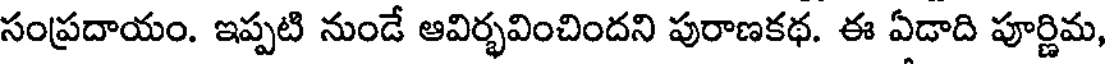
సంప్రదాయం. ఇప్పటి నుండే ఆవిర్భవించిందని పురాణకథ. ఈ ఏడాది పూర్ణిమ,